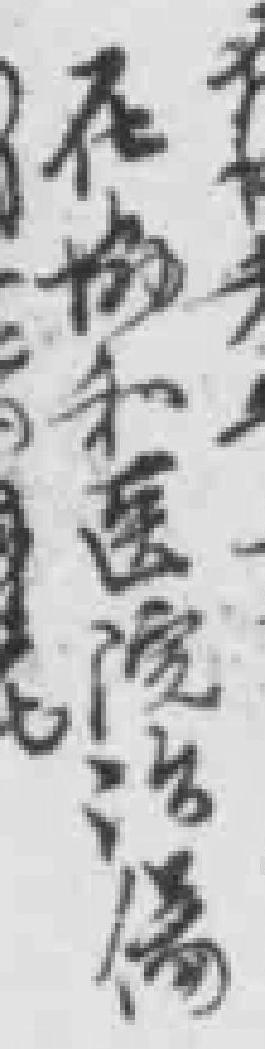
在协和医院治陽